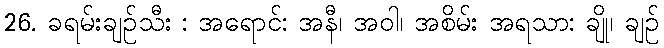
26. ခရမ်းချဉ်သီး : အရောင်: အနီ၊ အဝါ၊ အစိမ်း အရသာ: ချို၊ ချဉ်